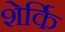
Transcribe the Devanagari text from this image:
शेर्कि